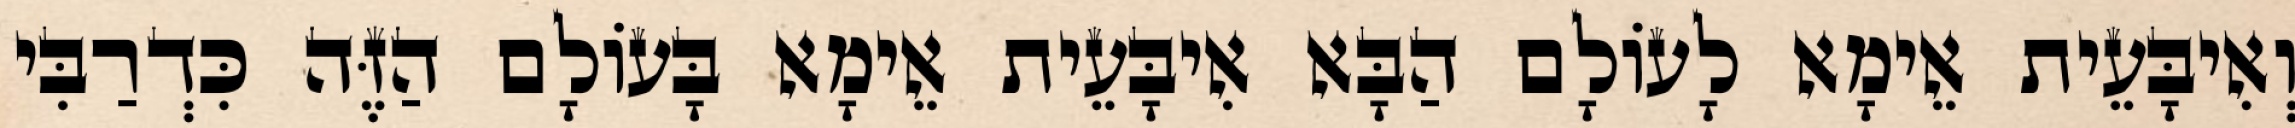
וְאִיבָּעֵית אֵימָא לָעוֹלָם הַבָּא אִיבָּעֵית אֵימָא בָּעוֹלָם הַזֶּה כִּדְרַבִּי